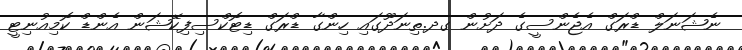
ނެޝަނަލް ޑްރަގް އެޖެންސީގެ ދަށުން ގދ.ތިނަދޫގައި ހިންގާ ޑްރަގް ޑިޓޮކްސިފިކޭޝަން އެންޑް ކޮމިއުނިޓީ